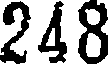
248